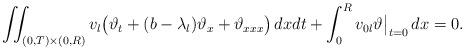
LaTeX: \begin{align*}\iint_{(0,T)\times (0,R)} v_l\bigl(\vartheta_t+ (b-\lambda_l)\vartheta_x +\vartheta_{xxx}\bigr)\,dxdt +\int_0^R v_{0l}\vartheta\big|_{t=0}\,dx =0.\end{align*}